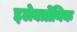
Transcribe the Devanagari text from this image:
इलेक्त्रोंनिक